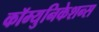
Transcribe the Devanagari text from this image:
कॉम्युनिकेशन्स